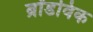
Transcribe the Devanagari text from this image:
ब्रॉडविक